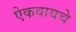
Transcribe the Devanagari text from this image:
ऐकवायचे